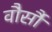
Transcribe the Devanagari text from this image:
वौर्सौ